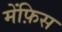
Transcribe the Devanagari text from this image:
मेंफ़िस